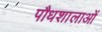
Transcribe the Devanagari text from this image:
पौधशालाओं